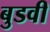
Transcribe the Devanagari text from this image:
बुडवी